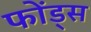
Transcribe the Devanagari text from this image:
फोंड्स